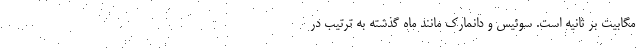
مگابیت بر ثانیه است. سوئیس و دانمارک مانند ماه گذشته به ترتیب در